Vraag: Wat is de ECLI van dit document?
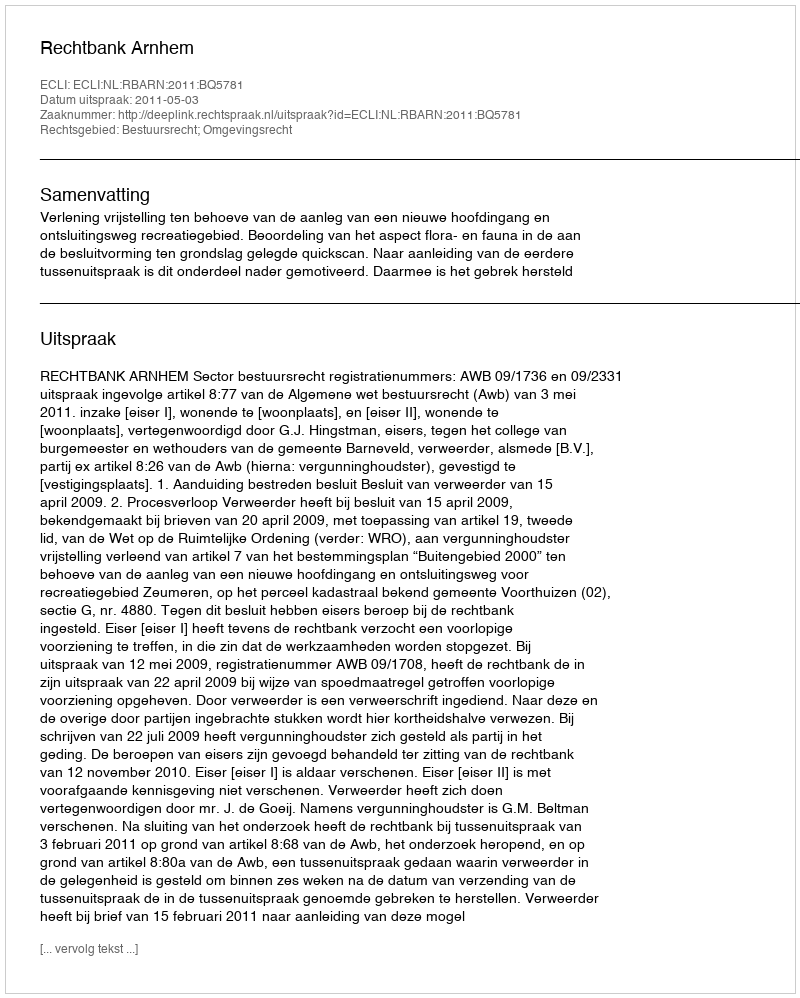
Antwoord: ECLI:NL:RBARN:2011:BQ5781